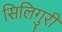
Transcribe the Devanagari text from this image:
सिलिगुरी